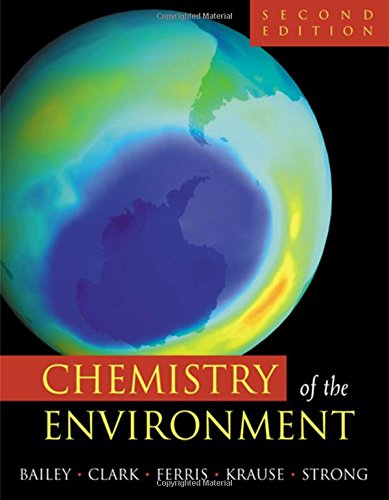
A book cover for Chemistry of the Environment, Second Edition; Ronald A. Bailey; Science & Math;